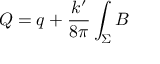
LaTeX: Q = q + \frac { k ^ { \prime } } { 8 \pi } \int _ { \Sigma } B